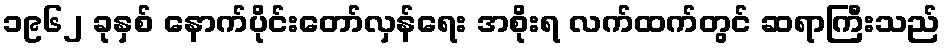
၁၉၆၂ ခုနှစ် နောက်ပိုင်းတော်လှန်ရေး အစိုးရ လက်ထက်တွင် ဆရာကြီးသည်